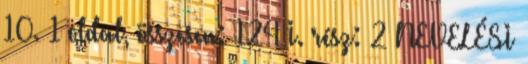
10. 1 oldal, összesen: 124 I. rész: 2 NEVELÉSI